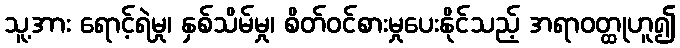
သူ့အား ရောင့်ရဲမှု၊ နှစ်သိမ်မှု၊ စိတ်ဝင်စားမှုပေးနိုင်သည့် အရာဝတ္ထုဟူ၍